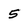
Character: 5